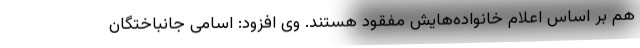
هم بر اساس اعلام خانواده‌هایش مفقود هستند. وی افزود: اسامی جانباختگان